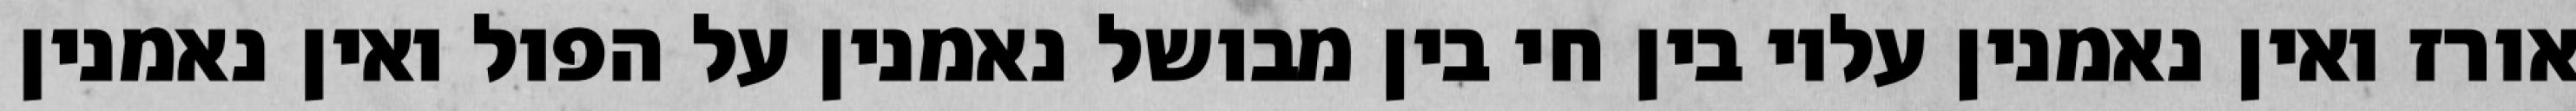
אורז ואין נאמנין עליו בין חי בין מבושל נאמנין על הפול ואין נאמנין